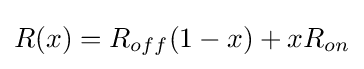
R(x)=R_{off}(1-x)+xR_{on}